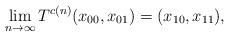
\begin{align*}\lim_{n\to\infty} T^{c(n)}(x_{00}, x_{01})=(x_{10}, x_{11}),\end{align*}